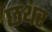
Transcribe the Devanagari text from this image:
छथर